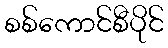
စစ်ကောင်စီပိုင်